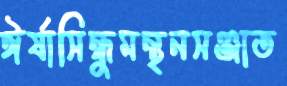
ঈর্ষাসিন্ধুমন্থনসঞ্জাত